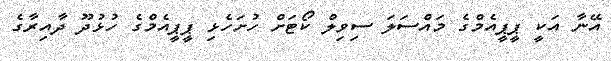
އޭނާ އަކީ ޕީޕީއެމްގެ މައްސަލަ ސިވިލް ކޯޓަށް ހުށަހެޅި ޕީޕީއެމްގެ ހުޅުދޫ ދާއިރާގެ